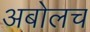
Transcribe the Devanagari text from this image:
अबोलच